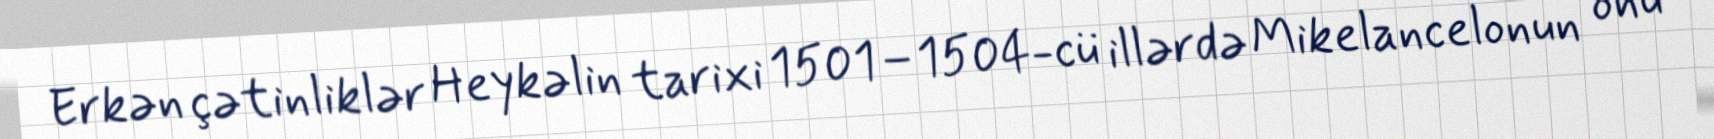
Erkən çətinliklər Heykəlin tarixi 1501–1504-cü illərdə Mikelancelonun onu